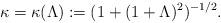
LaTeX: \begin{align*}\kappa=\kappa(\Lambda):=(1+(1+\Lambda)^2)^{-1/2}.\end{align*}